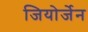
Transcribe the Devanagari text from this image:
जियोर्जेन